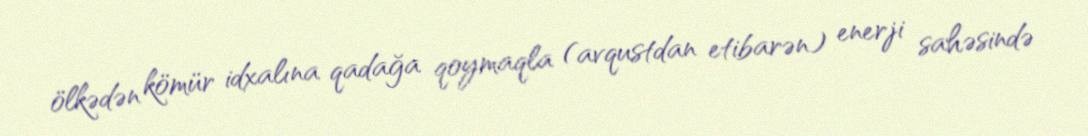
ölkədən kömür idxalına qadağa qoymaqla (avqustdan etibarən) enerji sahəsində